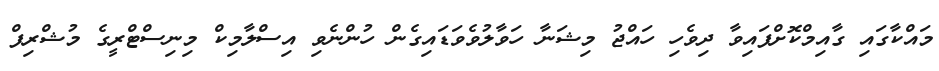
މައްކާގައި ގާއިމްކޮށްފައިވާ ދިވެހި ހައްޖު މިޝަނާ ހަވާލުވެވަޑައިގެން ހުންނެވި އިސްލާމިކް މިނިސްޓްރީގެ މުޝްރިފް